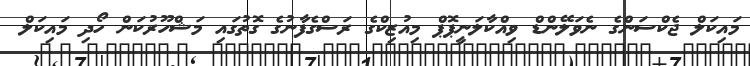
މައިކަލް ޖެކްސަންގެ ނެވަލޭންޑް ވިއްކާލަނީޕޮޕް މިއުޒިކްގެ ރަސްގެފާނުގެ ގޮތުގައި މަޝްހޫރުކަން ހޯދި މައިކަލް